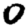
Digit: 0